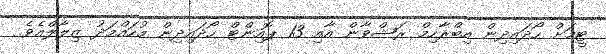
ޓީމަށް ހޯދައިދިން އިބްރާހިމް ރަޝްވާން އާއި 13 ޕޮއިންޓް ހޯދައިދިން މުހައްމަދު ޒިލާލްއެވެ.